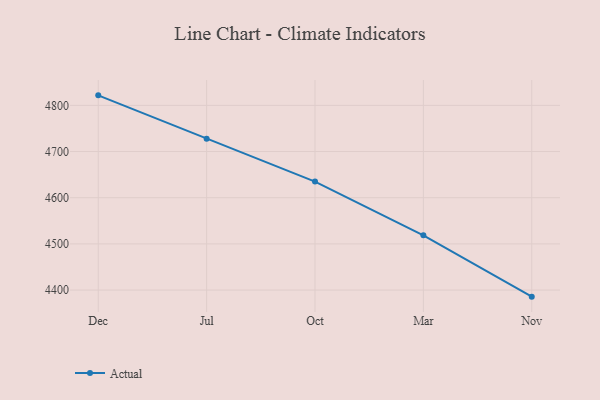
{"axis": {"x": "Month", "y": "LTV (USD)"}, "legend": ["Actual"], "data": [{"x": "Dec", "y": 4821.7, "type": "Actual"}, {"x": "Jul", "y": 4727.9, "type": "Actual"}, {"x": "Oct", "y": 4635.0, "type": "Actual"}, {"x": "Mar", "y": 4518.5, "type": "Actual"}, {"x": "Nov", "y": 4385.7, "type": "Actual"}]}